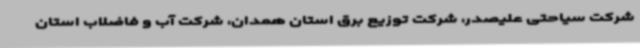
شرکت سیاحتی علیصدر، شرکت توزیع برق استان همدان، شرکت آب و فاضلاب استان